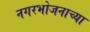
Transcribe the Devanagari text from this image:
नगरभोजनाच्या